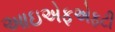
આઇએફએફટી